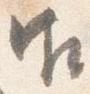
御